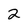
Character: 2